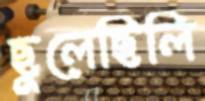
ছুলেছিলি